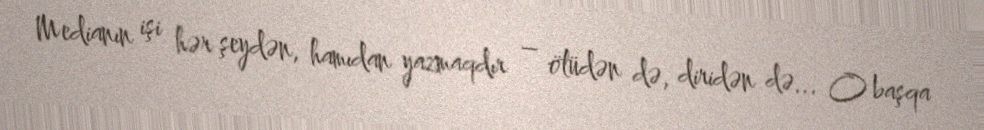
Medianın işi hər şeydən, hamıdan yazmaqdır – ölüdən də, diridən də... O başqa